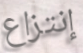
إنتزاع